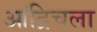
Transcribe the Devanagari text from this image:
आंद्रिचला